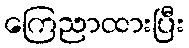
ကြေညာထားပြီး